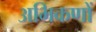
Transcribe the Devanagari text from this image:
अभिकणों